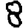
Digit: 8